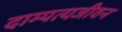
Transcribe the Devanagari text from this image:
दाम्पत्यजीवन